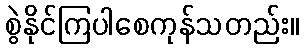
စွဲနိုင်ကြပါစေကုန်သတည်း။